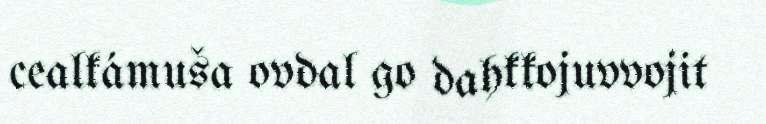
cealkámuša ovdal go dahkkojuvvojit